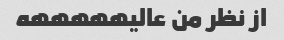
از نظر من عالیهههههه